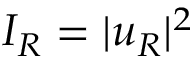
I _ { R } = | u _ { R } | ^ { 2 }